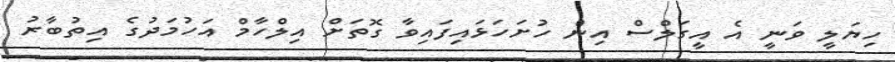
ހިޔަލީ ވަނީ އެ އީގަލްސް އިން ހުށަހަޅައިފައިވާ ގޮތަށް އިލްހާމް އަހުމަދުގެ އިތުބާރު